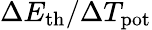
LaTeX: \Delta E_{\mathrm{th}}/\Delta T_{\mathrm{pot}}